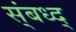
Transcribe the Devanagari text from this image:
स्ंबध्द्